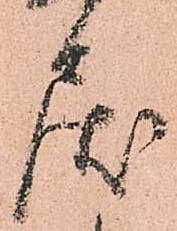
戻